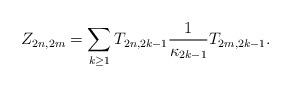
LaTeX: \begin{align*}Z_{2n,2m}=\sum_{k\geq1}T_{2n,2k-1}\frac{1}{\kappa_{2k-1}}T_{2m,2k-1}.\end{align*}